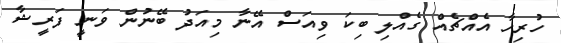
ހުރިހާ އެއްޗެއް ގެއްލި ބިކަ ވިއަސް އޭނާ މިއަދު ބޭނުން ވަނީ ފަރީޝާ